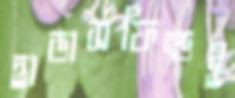
হাডার্সফিল্ডই